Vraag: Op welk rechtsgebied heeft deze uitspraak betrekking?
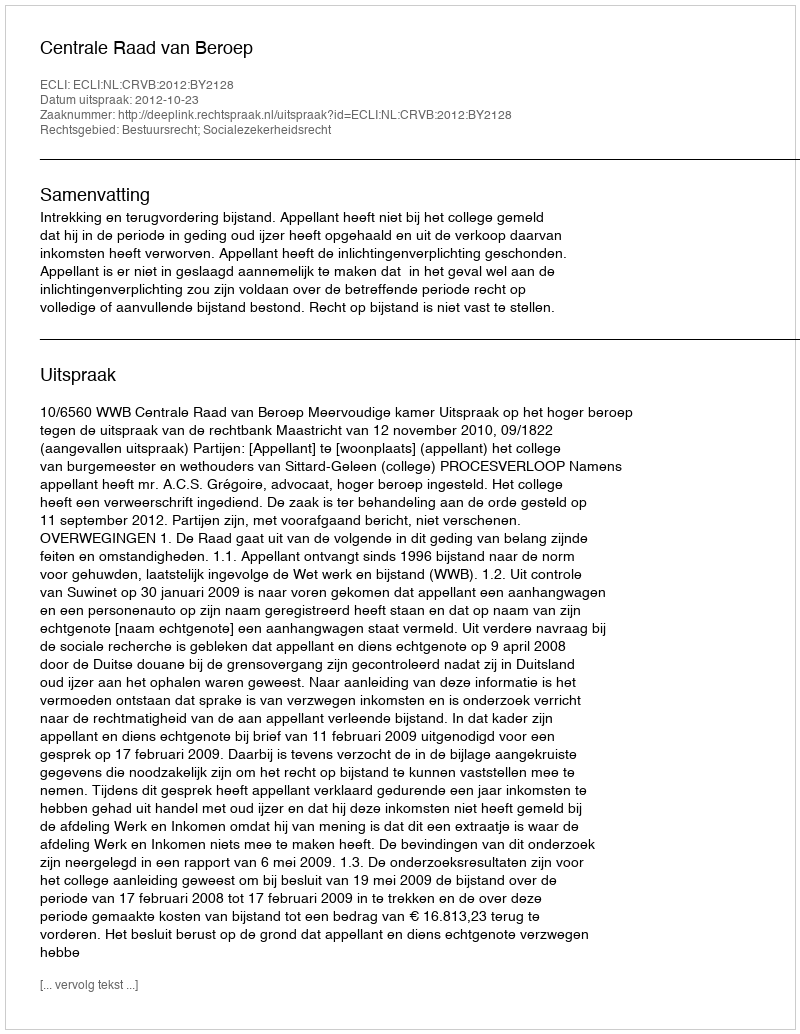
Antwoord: Bestuursrecht; Socialezekerheidsrecht